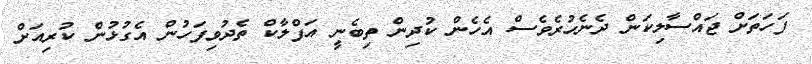
ފަހަތަށް ޖައްސާލިކަން ދެނެހުރެވެސް އެހެން ކުދިން ތިބެނީ އަފްލާކް ތެދުވިފަހުން އެގުޅުން ކުރިއަށް